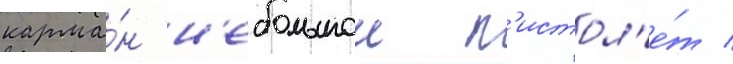
карма́н н'ебольшои п'истол'е́т /